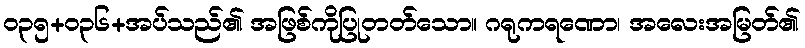
ဝ၃၅+၀၃၆+အပ်သည်၏ အဖြစ်ကိုပြုတတ်သော။ ဂရုကရဏော၊ အလေးအမြတ်၏